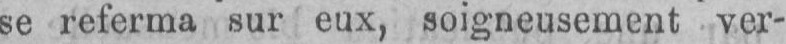
se referma sur eux, soigneusement ver-